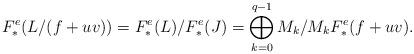
LaTeX: \begin{align*} F_*^e(L/(f+uv))= F_*^e(L)/F_*^e(J)=\bigoplus_{k=0}^{q-1}M_k/M_kF_*^e(f+uv).\end{align*}